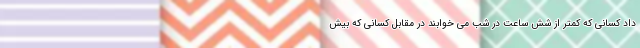
داد کسانی که کمتر از شش ساعت در شب می خوابند در مقابل کسانی که بیش